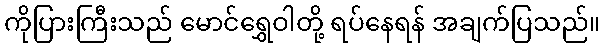
ကိုပြားကြီးသည် မောင်ရွှေဝါတို့ ရပ်နေရန် အချက်ပြသည်။